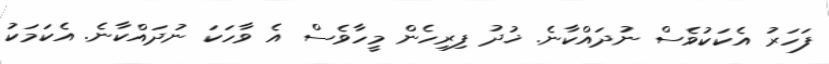
ފަހަރު އެކަކުވެސް ނުދައްކާނެ. ޚުދު ފިރިހެން މީހާވެސް އެ ވާހަކަ ނުދައްކާނެ. އެކަމަކު